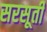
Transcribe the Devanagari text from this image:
सरसूती